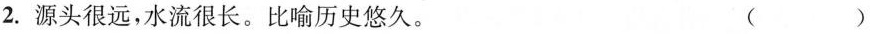
2.源头很远，水流很长。比喻历史悠久。 ()